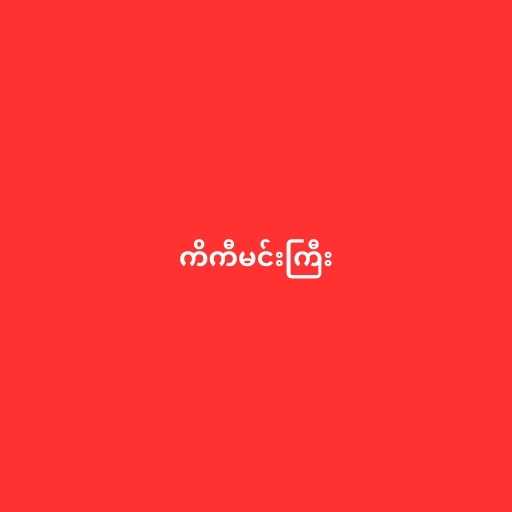
ကိကီမင်းကြီး